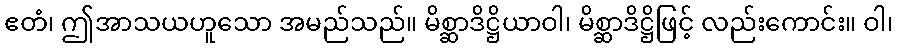
ဧတံ၊ ဤအာသယဟူသော အမည်သည်။ မိစ္ဆာဒိဋ္ဌိယာဝါ၊ မိစ္ဆာဒိဋ္ဌိဖြင့် လည်းကောင်း။ ဝါ၊